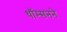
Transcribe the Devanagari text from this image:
थॉम्सनने